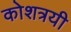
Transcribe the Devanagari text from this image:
कोशत्रयी